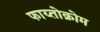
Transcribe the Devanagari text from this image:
फाय्तोक्रोम